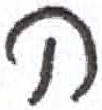
אות: ה